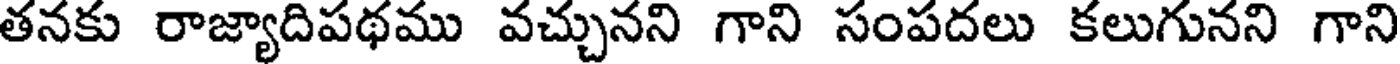
తనకు రాజ్యాదిపథము వచ్చునని గాని సంపదలు కలుగునని గాని